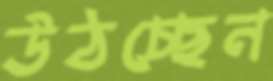
উঠচ্ছেন